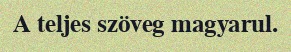
A teljes szöveg magyarul.